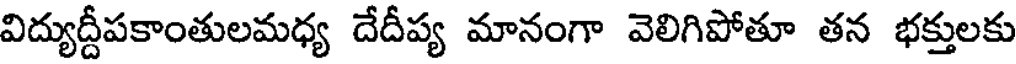
విద్యుద్దీపకాంతులమధ్య దేదీప్య మానంగా వెలిగిపోతూ తన భక్తులకు